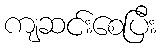
ကျဆင်းစေပြီး